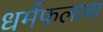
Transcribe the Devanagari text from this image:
धर्मफलाचा